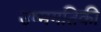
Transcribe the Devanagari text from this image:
उष्मगतिकी